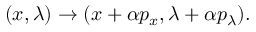
( x , \lambda ) \to ( x + \alpha p _ { x } , \lambda + \alpha p _ { \lambda } ) .